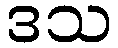
ဒသ